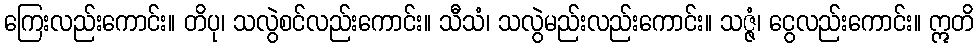
ကြေးလည်းကောင်း။ တိပု၊ သလွဲစင်လည်းကောင်း။ သီသံ၊ သလွဲမည်းလည်းကောင်း။ သဇ္ဇံ၊ ငွေလည်းကောင်း။ ဣတိ